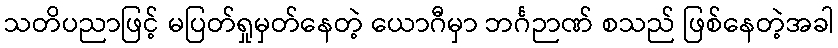
သတိပညာဖြင့် မပြတ်ရှုမှတ်နေတဲ့ ယောဂီမှာ ဘင်္ဂဉာဏ် စသည် ဖြစ်နေတဲ့အခါ